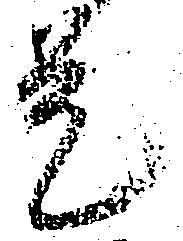
是